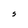
Character: S